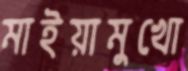
মাইয়ামুখো